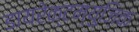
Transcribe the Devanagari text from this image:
डायरेक्टम्युज़िक